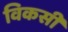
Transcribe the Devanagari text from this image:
विकसीं